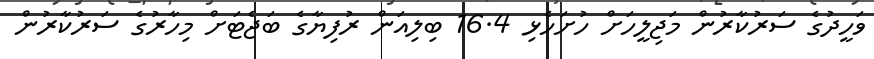
ވަހީދުގެ ސަރުކާރުން މަޖިލީހަށް ހުށަހެޅި 16.4 ބިލިއަން ރުފިޔާގެ ބަޖެޓަށް މިހާރުގެ ސަރުކާރުން